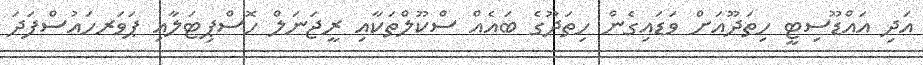
އަދި އައްޑޫސިޓީ ހިތަދޫއަށް ވަޑައިގެން ހިތަދޫގެ ބައެއް ސްކޫލްތަކާއި ރީޖަނަލް ހޮސްޕިޓަލާއި ޕަވަރހައުސްފަދަ